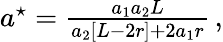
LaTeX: \begin{array}{r}{a^{\star}=\frac{a_{1}a_{2}L}{a_{2}[L-2r]+2a_{1}r}\, ,}\end{array}